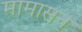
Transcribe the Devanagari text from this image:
मामासन